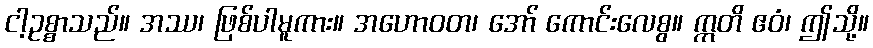
ငါ့ဥစ္စာသည်။ အဿ၊ ဖြစ်ပါမူကား။ အဟောဝတ၊ အော် ကောင်းလေစွ။ ဣတိ ဧဝံ၊ ဤသို့။